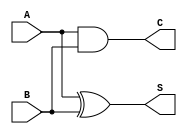
module CarryLookaheadHalfAdder (
    input wire A,    // First single-bit input
    input wire B,    // Second single-bit input
    output wire S,   // Sum output
    output wire C    // Carry output
);

// Compute the sum using XOR
assign S = A ^ B;

// Compute the carry using AND
assign C = A & B;

endmodule